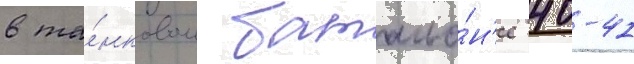
в та́нковом батальо́н'е 40-41